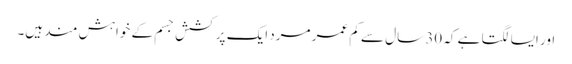
اور ایسا لگتا ہے کہ 30 سال سے کم عمر مرد ایک پرکشش جسم کے خواہش مند ہیں۔